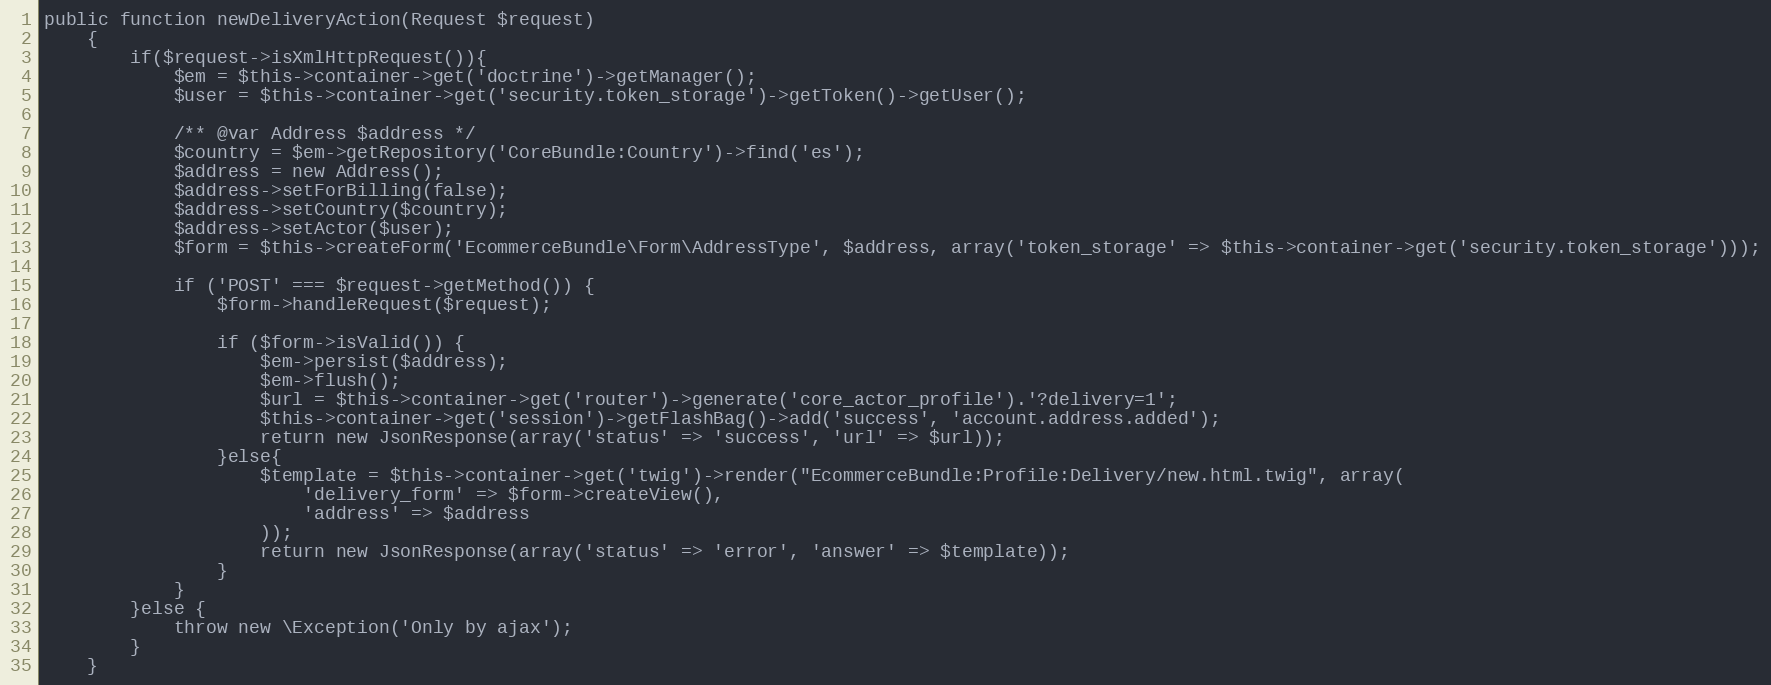
Language: PHP
public function newDeliveryAction(Request $request)
    {
        if($request->isXmlHttpRequest()){
            $em = $this->container->get('doctrine')->getManager();
            $user = $this->container->get('security.token_storage')->getToken()->getUser();

            /** @var Address $address */
            $country = $em->getRepository('CoreBundle:Country')->find('es');
            $address = new Address();
            $address->setForBilling(false);
            $address->setCountry($country);
            $address->setActor($user);
            $form = $this->createForm('EcommerceBundle\Form\AddressType', $address, array('token_storage' => $this->container->get('security.token_storage')));

            if ('POST' === $request->getMethod()) {
                $form->handleRequest($request);

                if ($form->isValid()) {
                    $em->persist($address);
                    $em->flush();
                    $url = $this->container->get('router')->generate('core_actor_profile').'?delivery=1';
                    $this->container->get('session')->getFlashBag()->add('success', 'account.address.added');
                    return new JsonResponse(array('status' => 'success', 'url' => $url));
                }else{
                    $template = $this->container->get('twig')->render("EcommerceBundle:Profile:Delivery/new.html.twig", array(
                        'delivery_form' => $form->createView(),
                        'address' => $address
                    ));
                    return new JsonResponse(array('status' => 'error', 'answer' => $template));
                }
            }
        }else {
            throw new \Exception('Only by ajax');
        }
    }